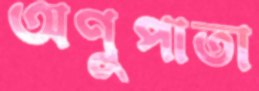
অণুপাতা